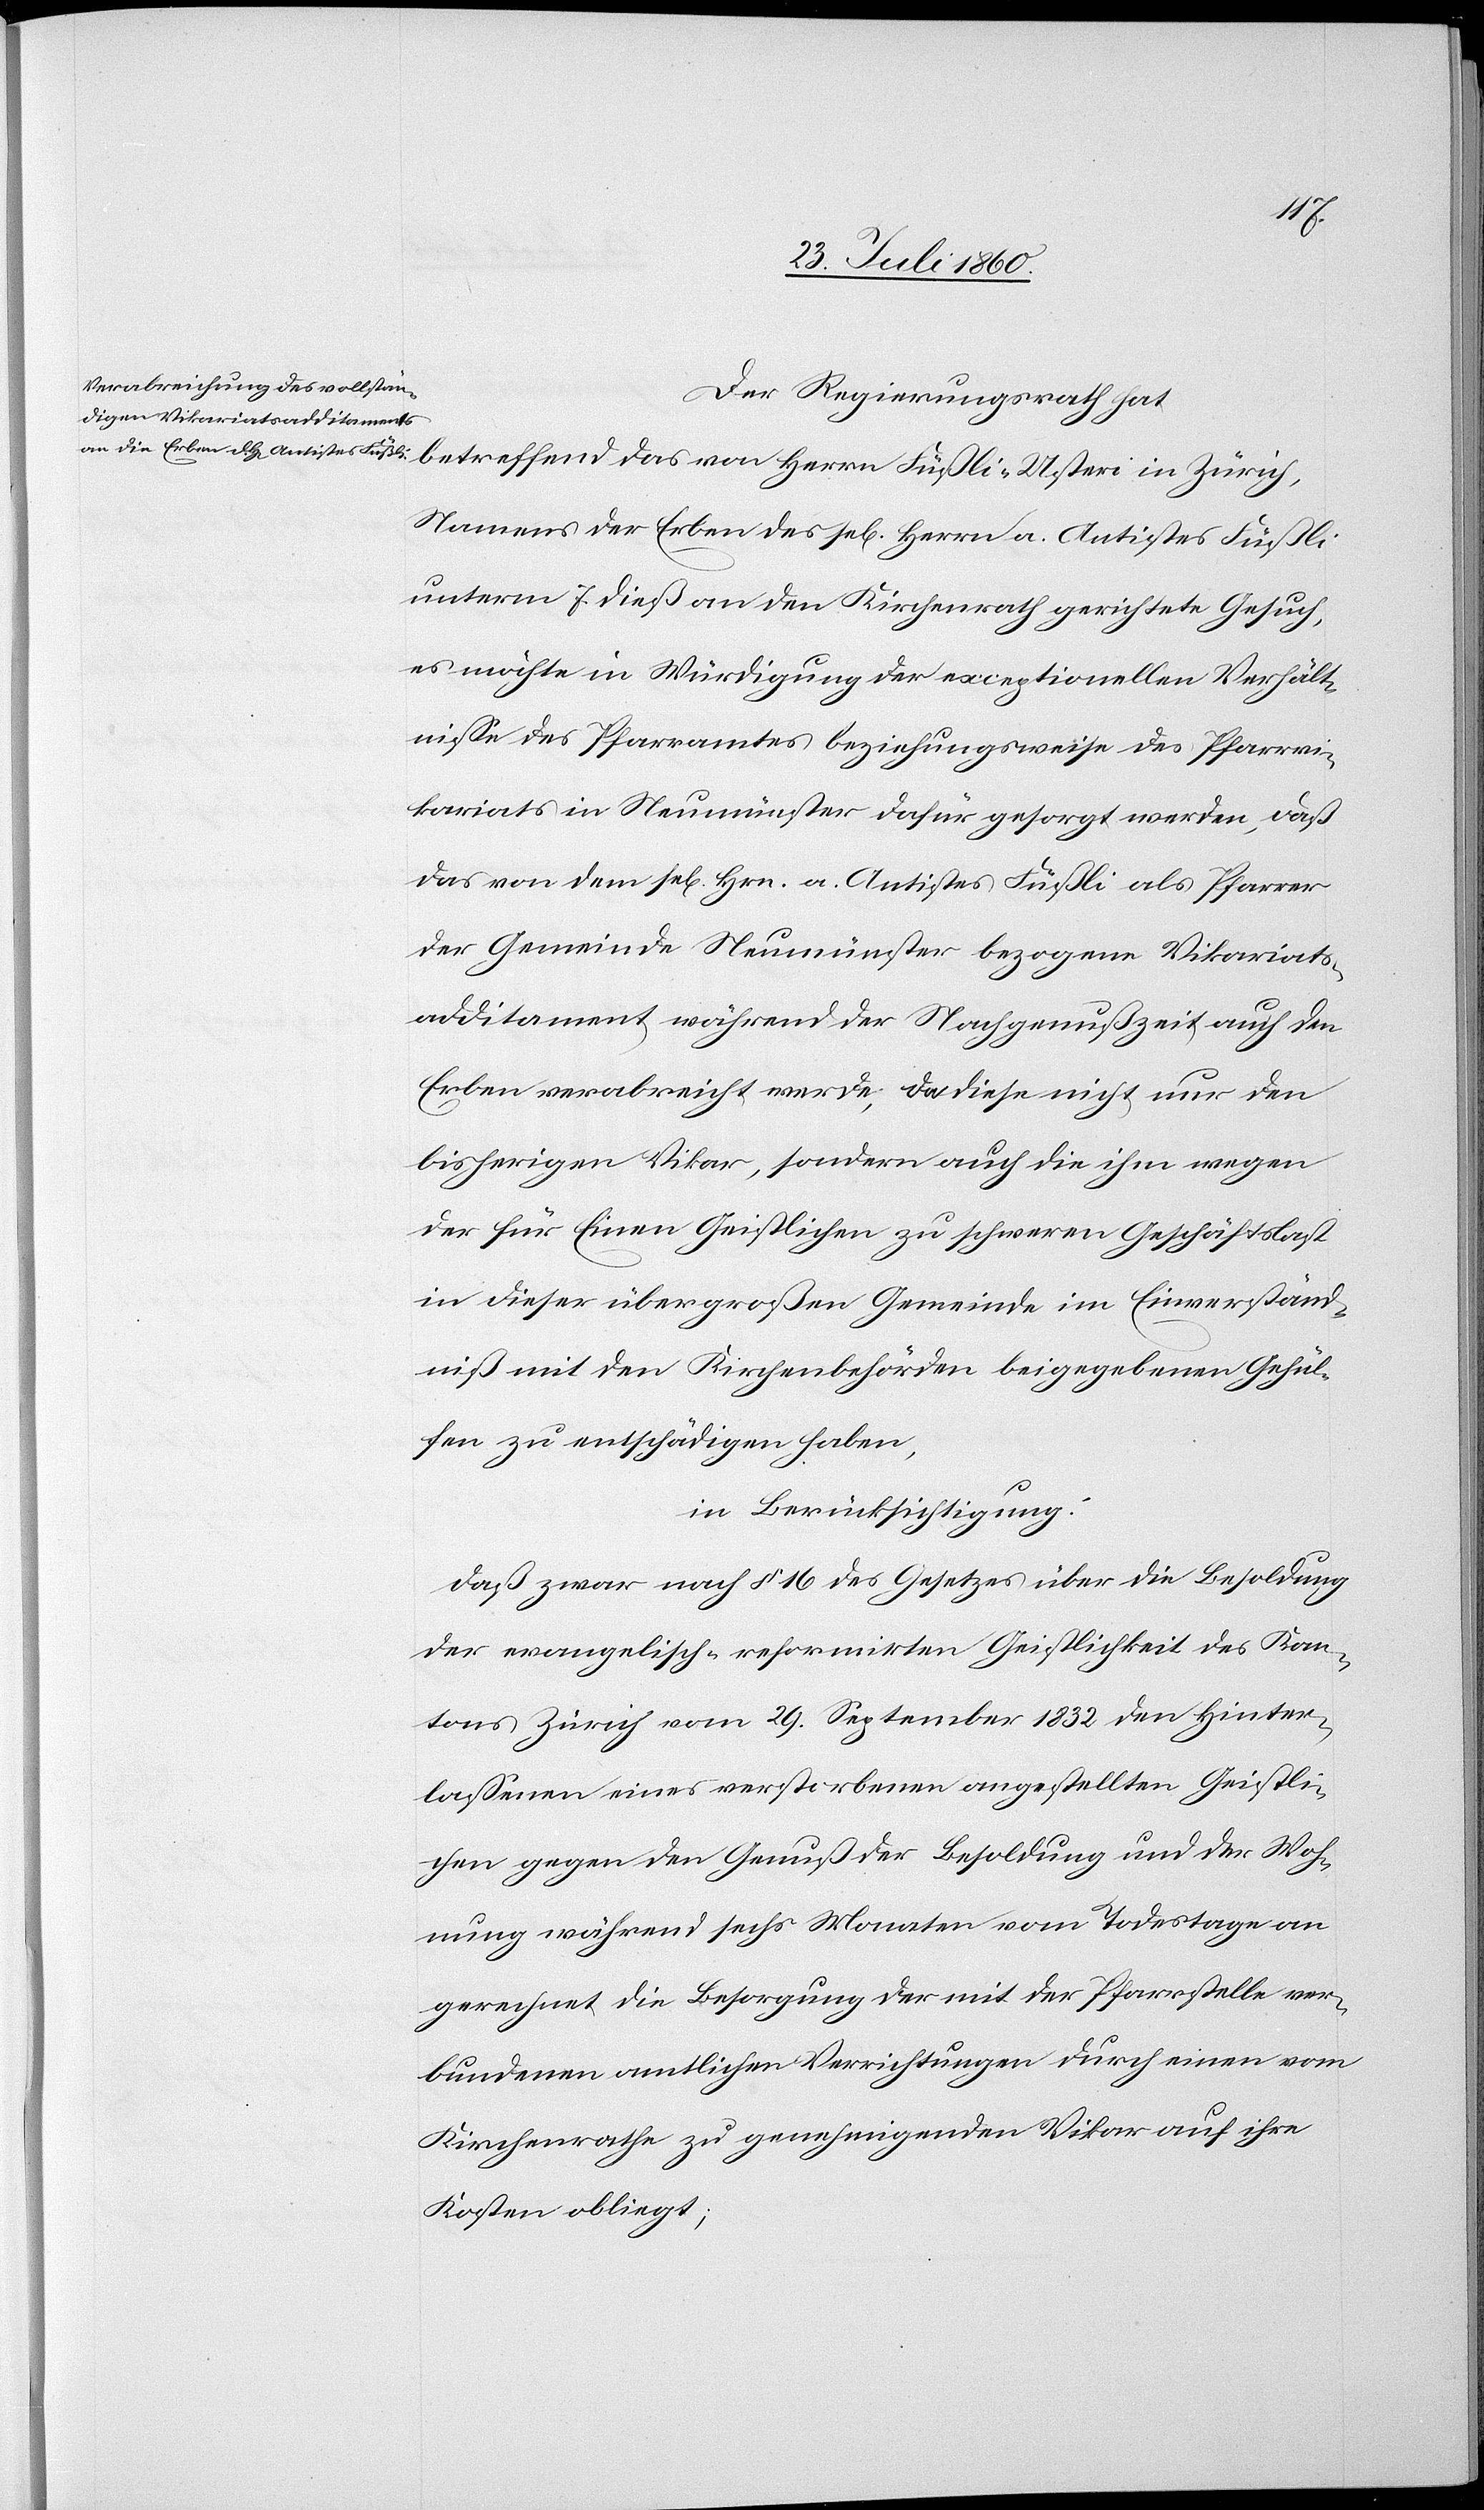
Der Regierungsrath hat
Namens der Erben des sel. Herrn a. Antistes Füßli
unterm 7. diess an den Kirchenrath gerichtete Gesuch,
es möchte in Würdigung der exceptionellen Verhält¬
nisse des Pfarramtes beziehungsweise des Pfarrvi¬
kariats in Neumünster dafür gesorgt werden, daß
das von dem sel. Herrn a. Antistes Füßli als Pfarrer
der Gemeinde Neumünster bezogene Vikariats¬
additament während der Nachgenußzeit auch den
Erben verabreicht werde, da diese nicht nur den
bisherigen Vikar, sondern auch die ihm wegen
der für Einen Geistlichen zu schweren Geschäftslast
in dieser übergroßen Gemeinde im Einverständ¬
niß mit den Kirchenbehörden beigegebenen Gehül¬
fen zu entschädigen haben,
in Berücksichtigung:
daß zwar nach §. 16 des Gesetzes über die Besoldung
der evangelisch-reformirten Geistlichkeit des Kan¬
tons Zürich vom 29. Herbstmonat 1832 den Hinter¬
lassenen eines verstorbenen angestellten Geistli¬
chen gegen den Genuß der Besoldung und der Woh¬
nung während 6 Monaten vom Todestage an
gerechnet die Besorgung der mit der Pfarrstelle ver¬
bundenen amtlichen Verrichtungen durch einen vom
Kirchenrathe zu genehmigenden Vikar auf ihre
Kosten obliegt;